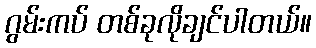
ဂွမ်းကပ် တစ်ခုလိုချင်ပါတယ်။